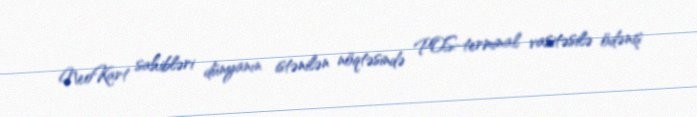
NeoKart sahibləri dünyanın istənilən nöqtəsində POS-terminal vasitəsilə ödəniş